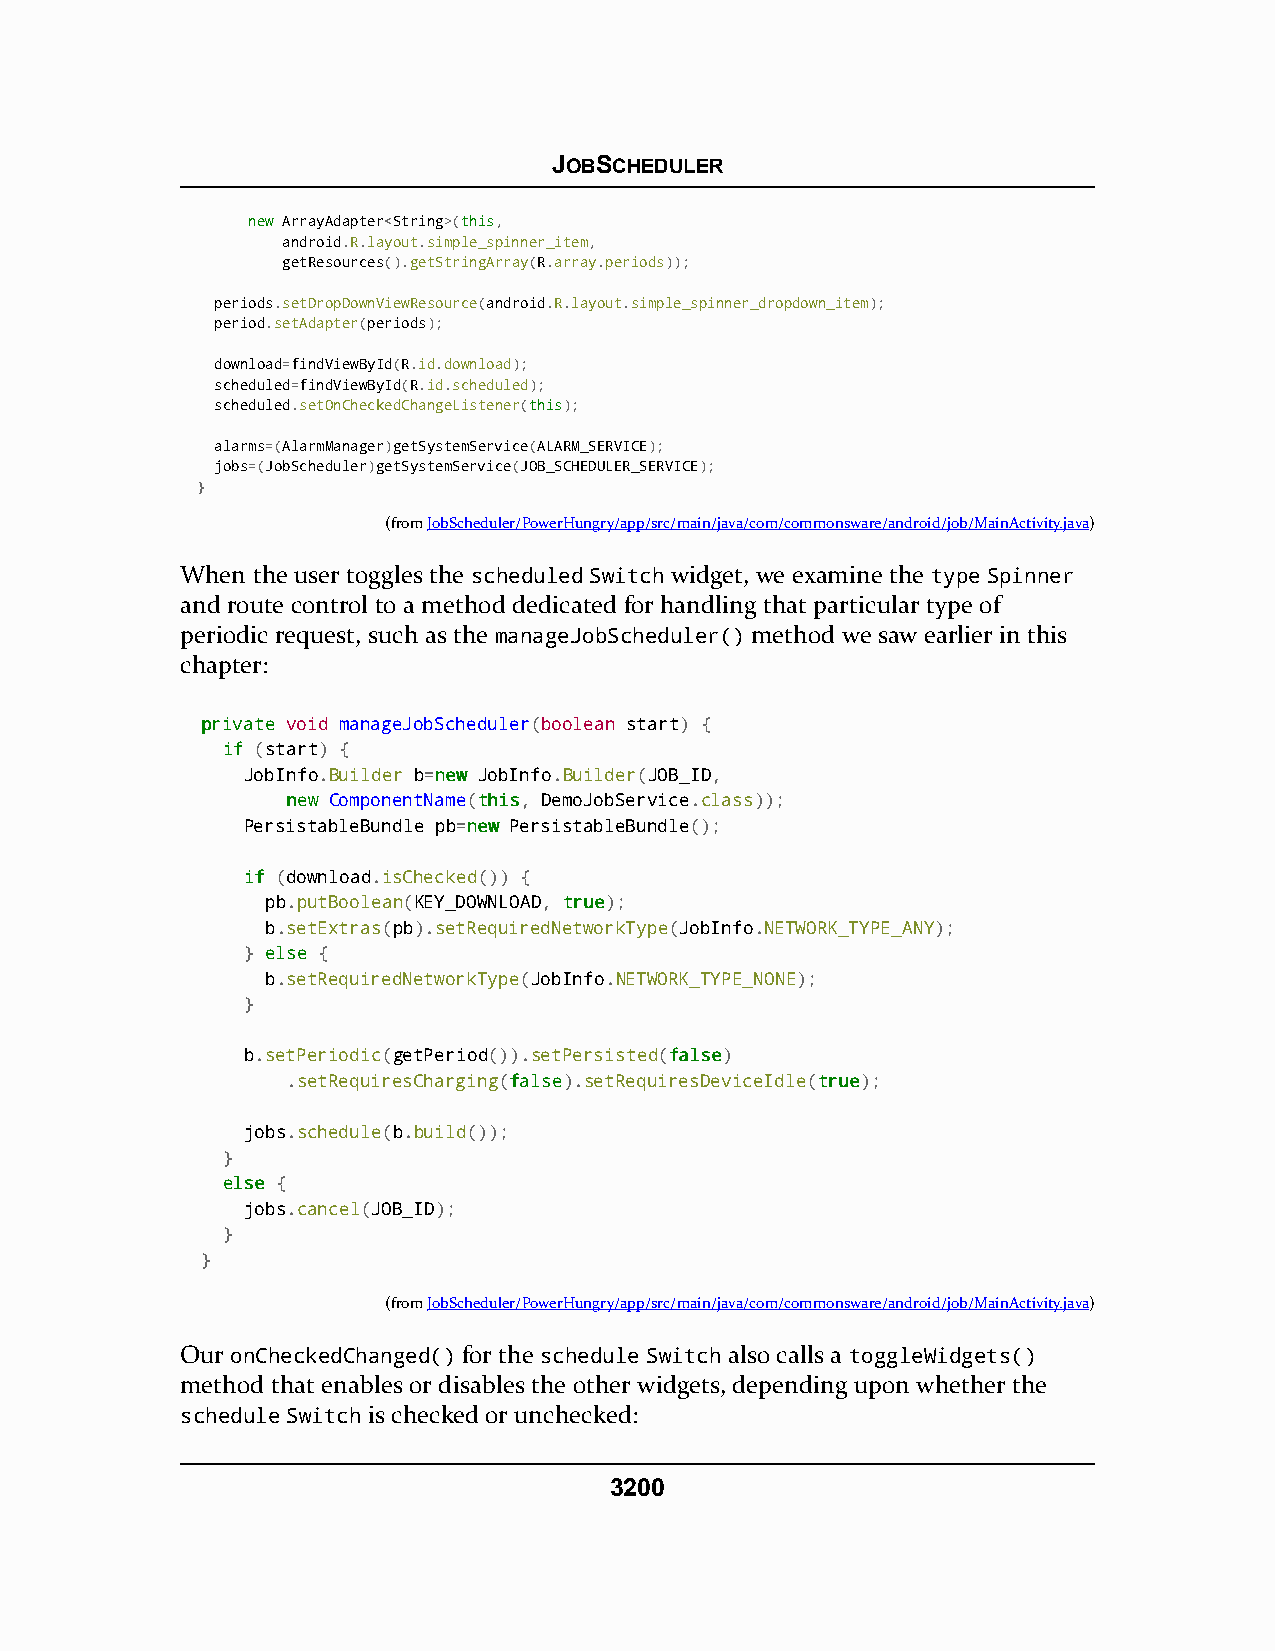
JOBSCHEDULER
 nneeww ArrayAdapter<String>(tthhiiss,
 android.R.layout.simple_spinner_item,
 getResources().getStringArray(R.array.periods));
 periods.setDropDownViewResource(android.R.layout.simple_spinner_dropdown_item);
 period.setAdapter(periods);
 download=findViewById(R.id.download);
 scheduled=findViewById(R.id.scheduled);
 scheduled.setOnCheckedChangeListener(tthhiiss);
 alarms=(AlarmManager)getSystemService(ALARM_SERVICE);
 jobs=(JobScheduler)getSystemService(JOB_SCHEDULER_SERVICE);
 }
 (fromJobScheduler/PowerHungry/app/src/main/java/com/commonsware/android/job/MainActivity.java)
 When the user toggles the scheduled Switch widget, we examine the type Spinner
 and route control to a method dedicated for handling that particular type of
 periodic request, such as the manageJobScheduler() method we saw earlier in this
 chapter:
 pprriivvaattee void manageJobScheduler(boolean start) {
 iiff (start) {
 JobInfo.Builder b=nneeww JobInfo.Builder(JOB_ID,
 nneeww ComponentName(tthhiiss, DemoJobService.class));
 PersistableBundle pb=nneeww PersistableBundle();
 iiff (download.isChecked()) {
 pb.putBoolean(KEY_DOWNLOAD, ttrruuee);
 b.setExtras(pb).setRequiredNetworkType(JobInfo.NETWORK_TYPE_ANY);
 } eellssee {
 b.setRequiredNetworkType(JobInfo.NETWORK_TYPE_NONE);
 }
 b.setPeriodic(getPeriod()).setPersisted(ffaallssee)
 .setRequiresCharging(ffaallssee).setRequiresDeviceIdle(ttrruuee);
 jobs.schedule(b.build());
 }
 eellssee {
 jobs.cancel(JOB_ID);
 }
 }
 (fromJobScheduler/PowerHungry/app/src/main/java/com/commonsware/android/job/MainActivity.java)
 Our onCheckedChanged() for the schedule Switch also calls a toggleWidgets()
 method that enables or disables the other widgets, depending upon whether the
 schedule Switch is checked or unchecked:
 3200